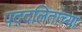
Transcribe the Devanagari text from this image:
पददलितांच्या